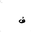
Letter: _fa